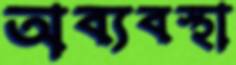
অব্যবস্থা